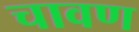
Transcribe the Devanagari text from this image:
चावण